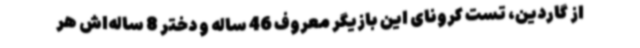
از گاردین، تست کرونای این بازیگر معروف 46 ساله و دختر 8 ساله‌اش هر